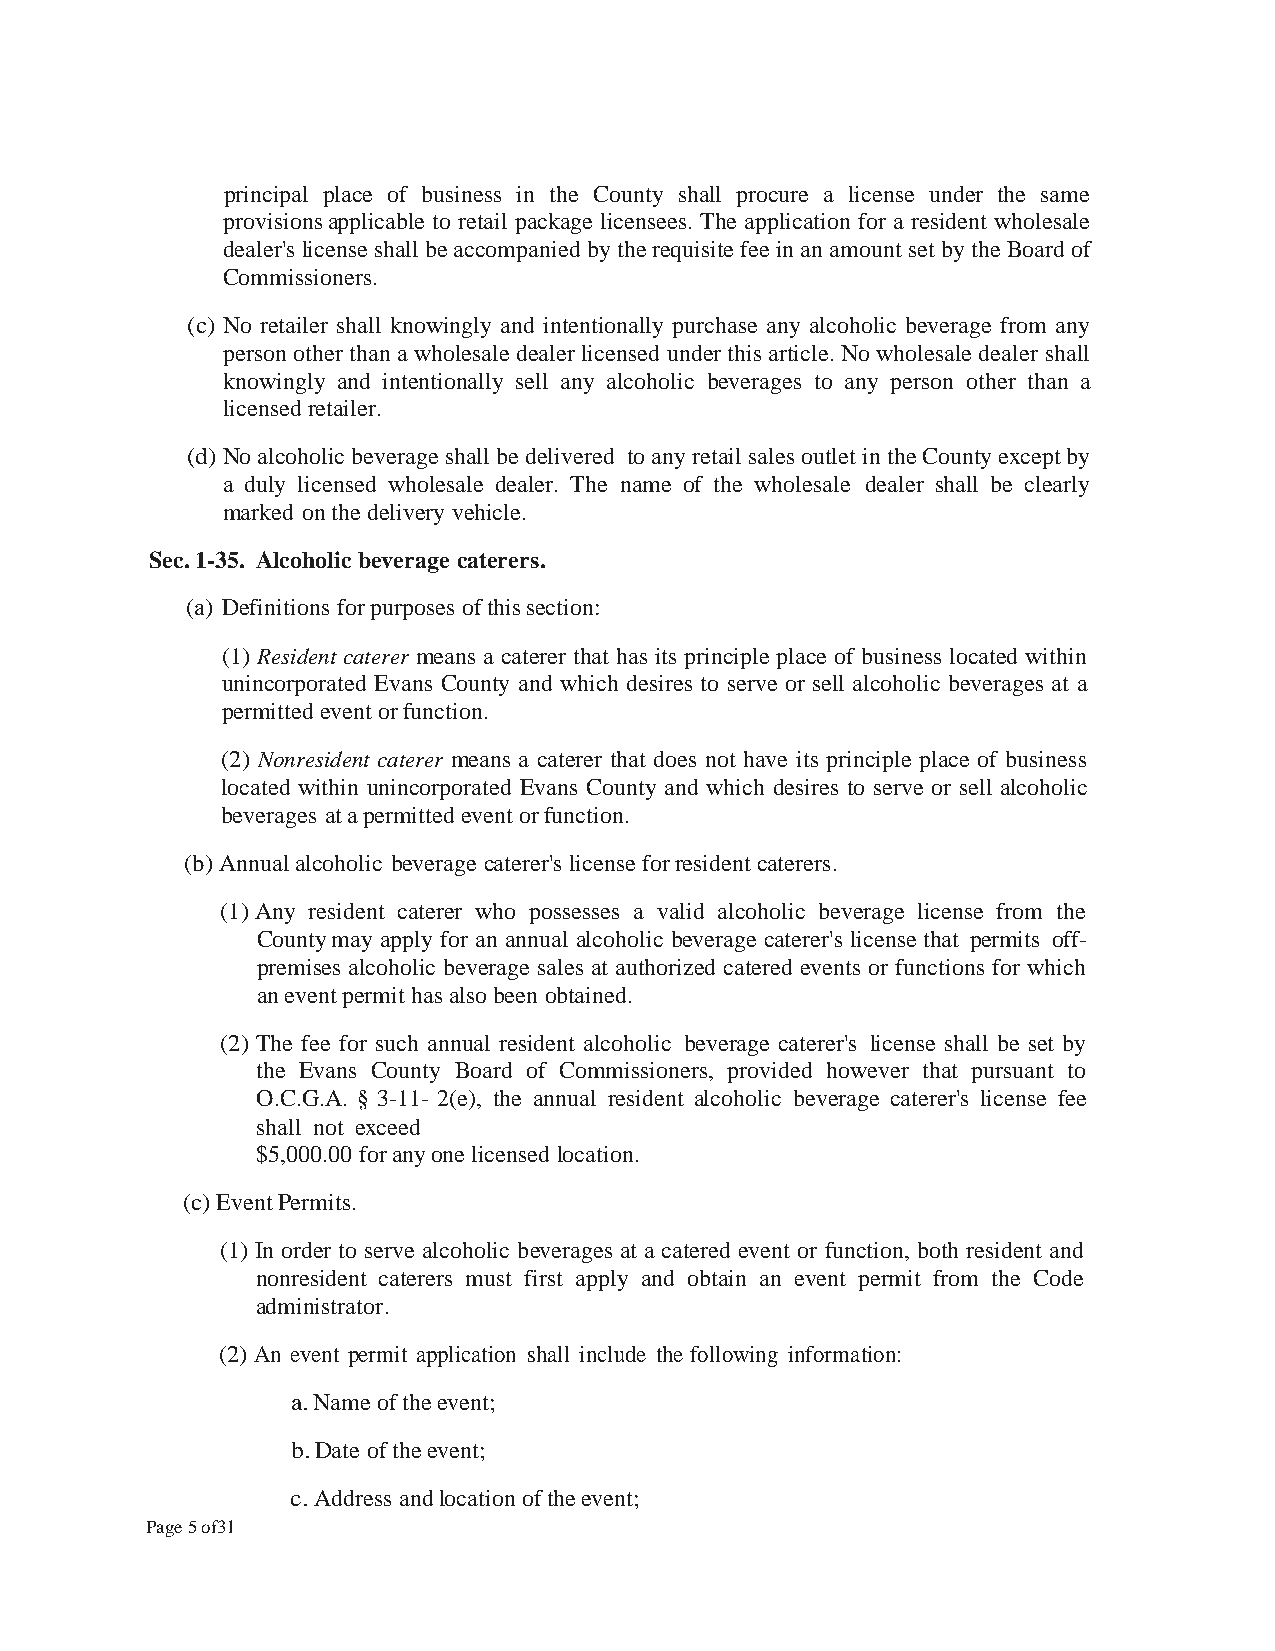
principal place of business in the County shall procure a license under the same
 provisions applicable to retail package licensees. The application for a resident wholesale
 dealer's license shall be accompanied by the requisite fee in an amount set by the Board of
 Commissioners.
 (c) No retailer shall knowingly and intentionally purchase any alcoholic beverage from any
 person other than a wholesale dealer licensed under this article. No wholesale dealer shall
 knowingly and intentionally sell any alcoholic beverages to any person other than a
 licensed retailer.
 (d) No alcoholic beverage shall be delivered to any retail sales outlet in the County except by
 a duly licensed wholesale dealer. The name of the wholesale dealer shall be clearly
 marked on the delivery vehicle.
 Sec. 1-35. Alcoholic beverage caterers.
 (a) Definitions for purposes of this section:
 (1) Resident caterer means a caterer that has its principle place of business located within
 unincorporated Evans County and which desires to serve or sell alcoholic beverages at a
 permitted event or function.
 (2) Nonresident caterer means a caterer that does not have its principle place of business
 located within unincorporated Evans County and which desires to serve or sell alcoholic
 beverages at a permitted event or function.
 (b) Annual alcoholic beverage caterer's license for resident caterers.
 (1) Any resident caterer who possesses a valid alcoholic beverage license from the
 County may apply for an annual alcoholic beverage caterer's license that permits off
 premises alcoholic beverage sales at authorized catered events or functions for which
 an event permit has also been obtained.
 (2) The fee for such annual resident alcoholic beverage caterer's license shall be set by
 the Evans County Board of Commissioners, provided however that pursuant to
 O.C.G.A. § 3-11- 2(e), the annual resident alcoholic beverage caterer's license fee
 shall not exceed
 $5,000.00 for any one licensed location.
 (c) Event Permits.
 (1) In order to serve alcoholic beverages at a catered event or function, both resident and
 nonresident caterers must first apply and obtain an event permit from the Code
 administrator.
 (2) An event permit application shall include the following information:
 a. Name of the event;
 b. Date of the event;
 c. Address and location of the event;
 Page 5 of31